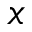
x